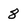
Character: 8